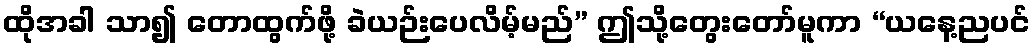
ထိုအခါ သာ၍ တောထွက်ဖို့ ခဲယဉ်းပေလိမ့်မည်” ဤသို့တွေးတော်မူကာ “ယနေ့ညပင်